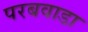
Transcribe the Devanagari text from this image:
परबवाडा